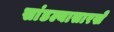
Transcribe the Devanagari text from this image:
सांडल्यासारखे